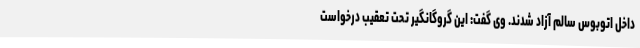
داخل اتوبوس سالم آزاد شدند. وی گفت: این گروگانگیر تحت تعقیب درخواست